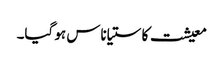
معیشت کا ستیاناس ہو گیا۔